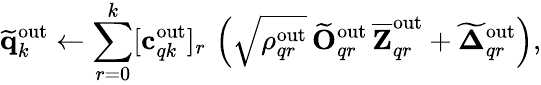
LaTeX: \widetilde{\mathbf{q}}_{k}^{\mathrm{out}}\gets\sum_{r=0}^{k}[\mathbf{c}_{qk}^{\mathrm{out}}]_{r}\, \left(\sqrt{\rho_{qr}^{\mathrm{out}}}\, \widetilde{\mathbf{O}}_{qr}^{\mathrm{out}}\, \overline{{\mathbf{Z}}}_{qr}^{\mathrm{out}}+\widetilde{\boldsymbol{\Delta}}_{qr}^{\mathrm{out}}\right),